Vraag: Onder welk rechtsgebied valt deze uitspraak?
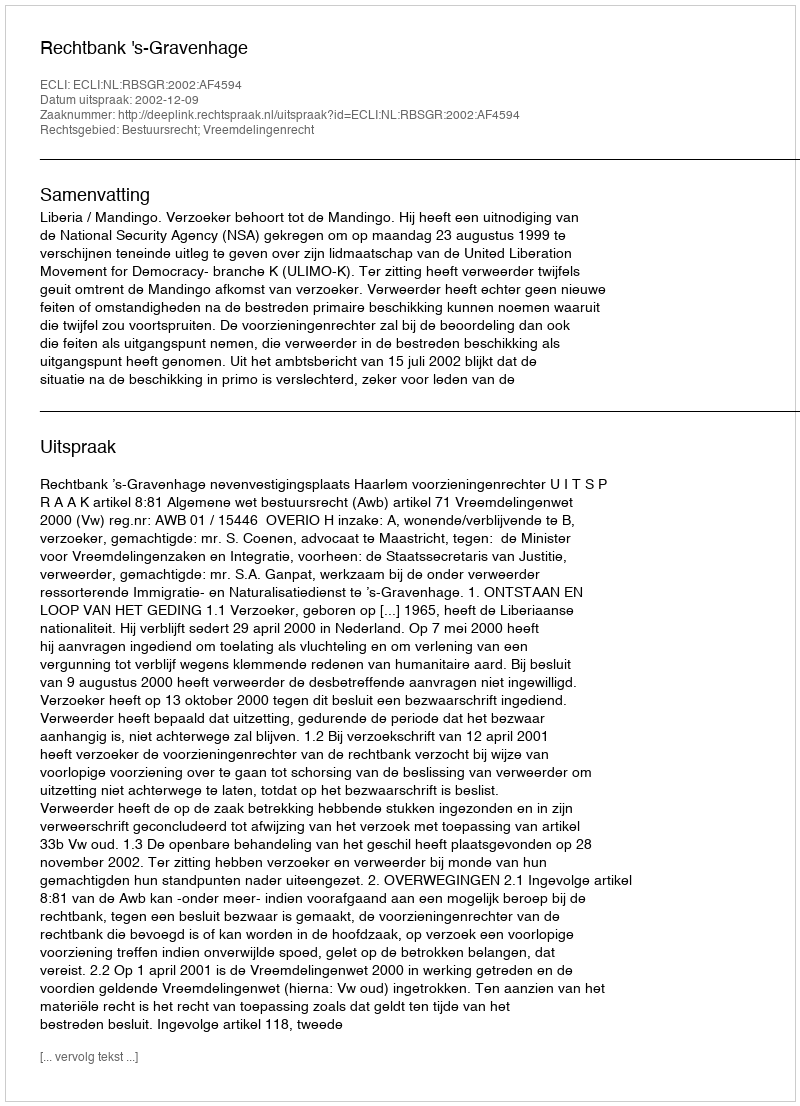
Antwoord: Bestuursrecht; Vreemdelingenrecht